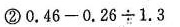
②$$0 . 4 4 9 - 0 . 2 6 \div 1 . 3$$